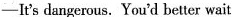
-It's dangerous. You'd better wait